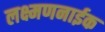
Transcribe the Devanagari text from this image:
लक्ष्मणनाईक